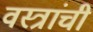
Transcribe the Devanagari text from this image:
वस्त्रांची